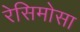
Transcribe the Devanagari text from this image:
रेसिमोसा